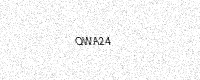
Text: QWA24